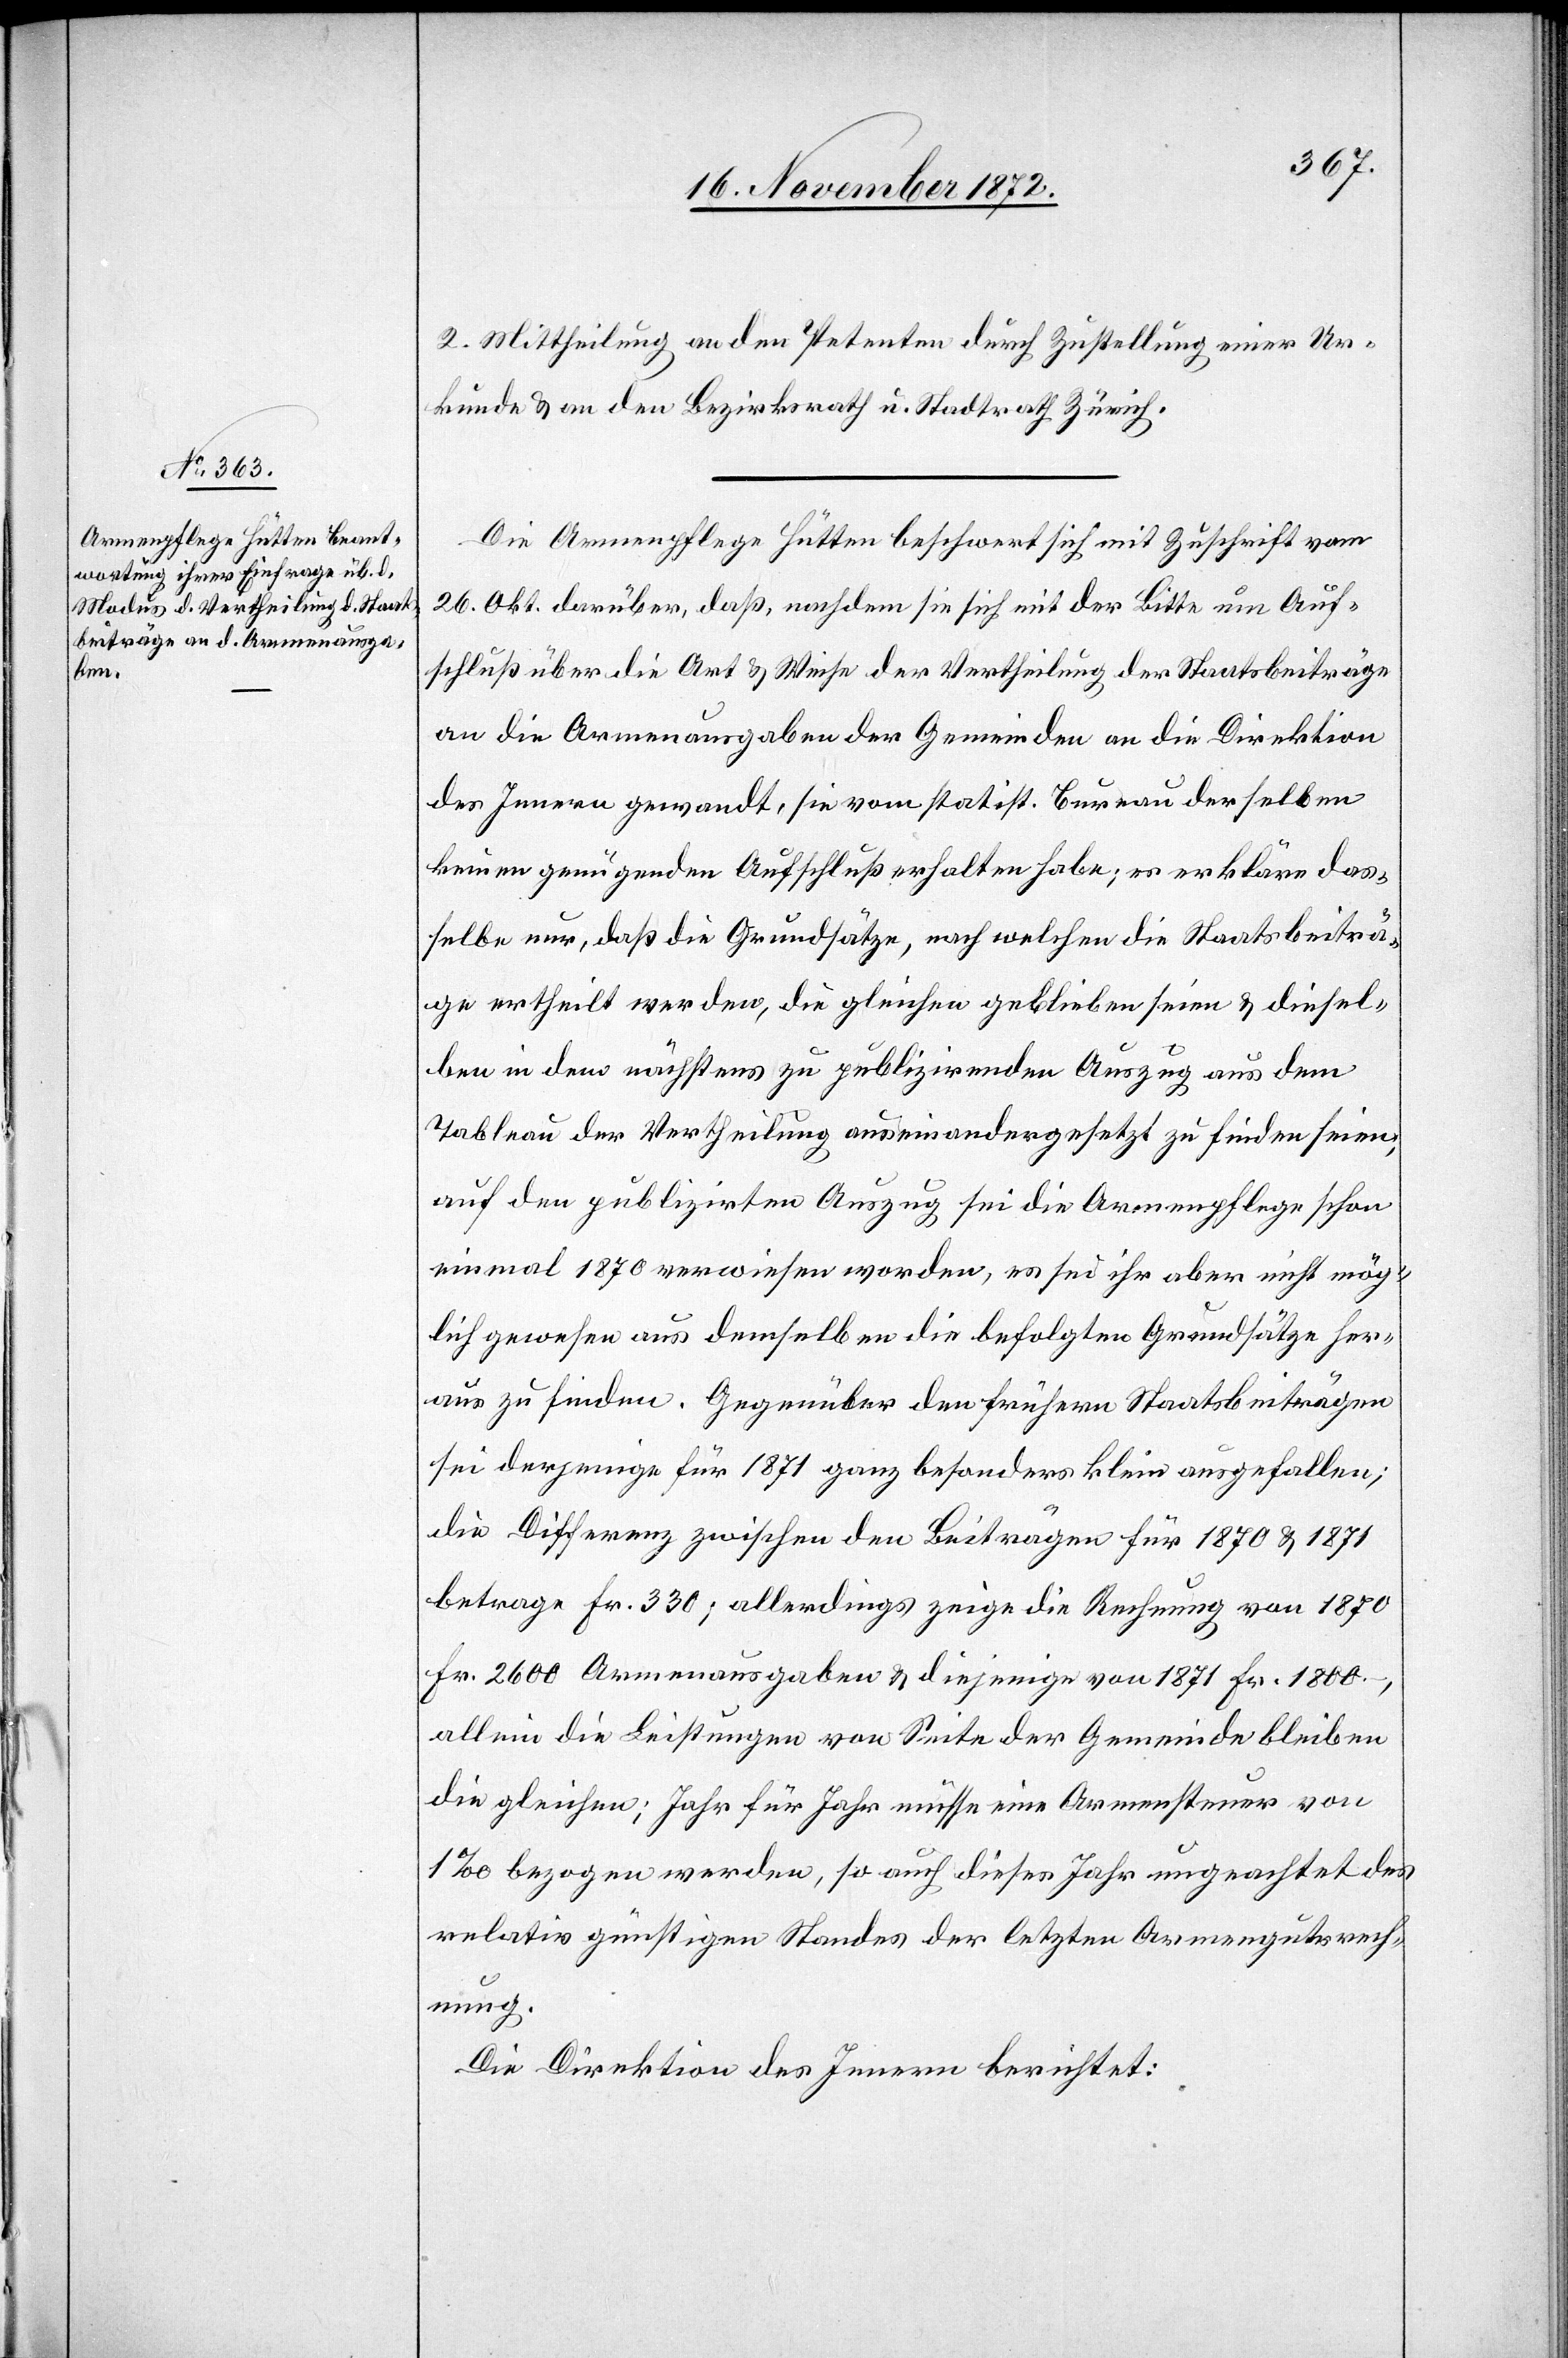
2. Mittheilung an den Petenten durch Zustellung einer Ur¬
kunde u. an den Bezirksrath u. Stadtrath Zürich.
Die Armenpflege Hütten beschwert sich mit Zuschrift vom
26. Okt. darüber, daß, nachdem sie sich mit der Bitte um Auf¬
schluß über die Art u. Weise der Vertheilung der Staatsbeiträge
an die Armenausgaben der Gemeinden an die Direktion
des Innern gewandt, sie vom statist. Bureau derselben
keinen genügenden Aufschluß erhalten habe; es erkläre das¬
selbe nur, daß die Grundsätze, nach welchen die Staatsbeiträ¬
ge ertheilt werden, die gleichen geblieben seien u. diesel¬
ben in dem nächstens zu publizirenden Auszug aus dem
Tableau der Vertheilung auseinandergesetzt zu finden seien,
auf den publizirten Auszug sei die Armenpflege schon
einmal 1870 verwiesen worden, es sei ihr aber nicht mög¬
lich gewesen aus demselben die befolgten Grundsätze her¬
aus zu finden. Gegenüber den frühern Staatsbeiträgen
sei derjenige für 1871 ganz besonders klein ausgefallen;
die Differenz zwischen den Beiträgen für 1870 u. 1871
betrage Fr. 330; allerdings zeige die Rechnung von 1870
Fr. 2600 Armenausgaben u. diejenige von 1871 Fr. 1800.,
allein die Leistungen von Seite der Gemeinde bleiben
die gleichen; Jahr für Jahr müsse eine Armensteuer von
1‰ bezogen werden, so auch dieses Jahr ungeachtet des
relativ günstigen Standes der letzten Armengutsrech¬
nung.
Die Direktion des Innern berichtet: